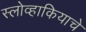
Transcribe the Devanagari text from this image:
स्लोव्हाकियाचे